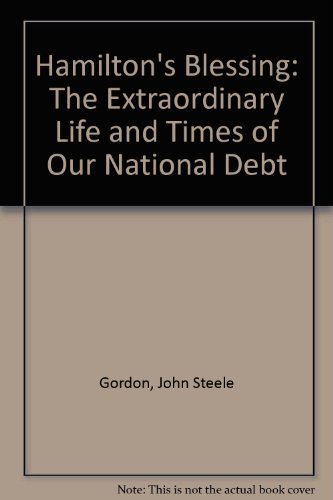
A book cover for Hamilton's Blessing: The Extraordinary Life and Times of Our National Debt; John Steele Gordon; Business & Money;